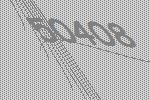
50408